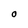
Character: O